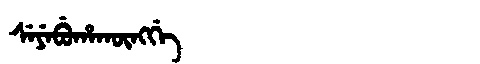
Manchu: ᠰᡝᠶᡝᠪᡠᡥᠠᡴᡡᠩᡤᡝ
Romanization: SEYEBUHAKŪNGGE